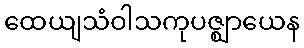
ထေယျသံဝါသကုပဇ္ဈာယေန